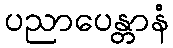
ပညာပေန္တာနံ